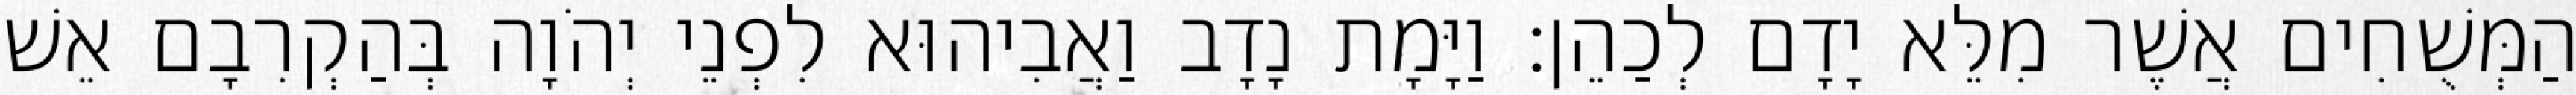
הַמְּשֻׁחִים אֲשֶׁר מִלֵּא יָדָם לְכַהֵן׃ וַיָּמָת נָדָב וַאֲבִיהוּא לִפְנֵי יְהֹוָה בְּהַקְרִבָם אֵשׁ